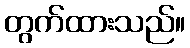
တွက်ထားသည်။